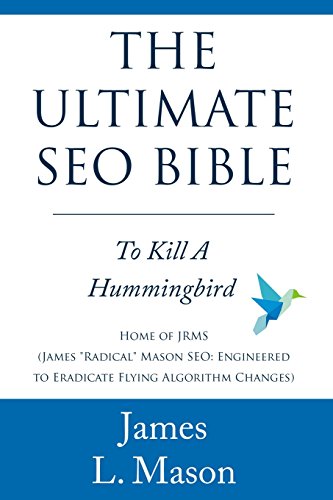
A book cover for The Ultimate SEO Bible: To Kill a Hummingbird; James L Mason; Computers & Technology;